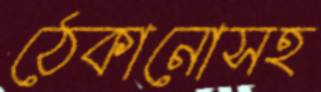
ঠেকানোসহ